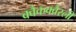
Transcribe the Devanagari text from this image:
क्वैकक्वैरली